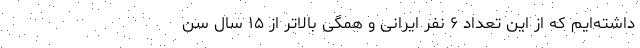
داشته‌ایم که از این تعداد ۶ نفر ایرانی و همگی بالاتر از ۱۵ سال سن